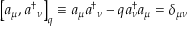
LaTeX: { } \left[ a _ { \mu } , a { ^ \dagger } { _ \nu } \right] _ { q } \equiv a _ { \mu } a { ^ \dagger } _ { \nu } - q a _ { \nu } ^ { \dagger } a _ { \mu } = \delta _ { \mu \nu }